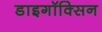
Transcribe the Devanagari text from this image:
डाइगॉक्सिन